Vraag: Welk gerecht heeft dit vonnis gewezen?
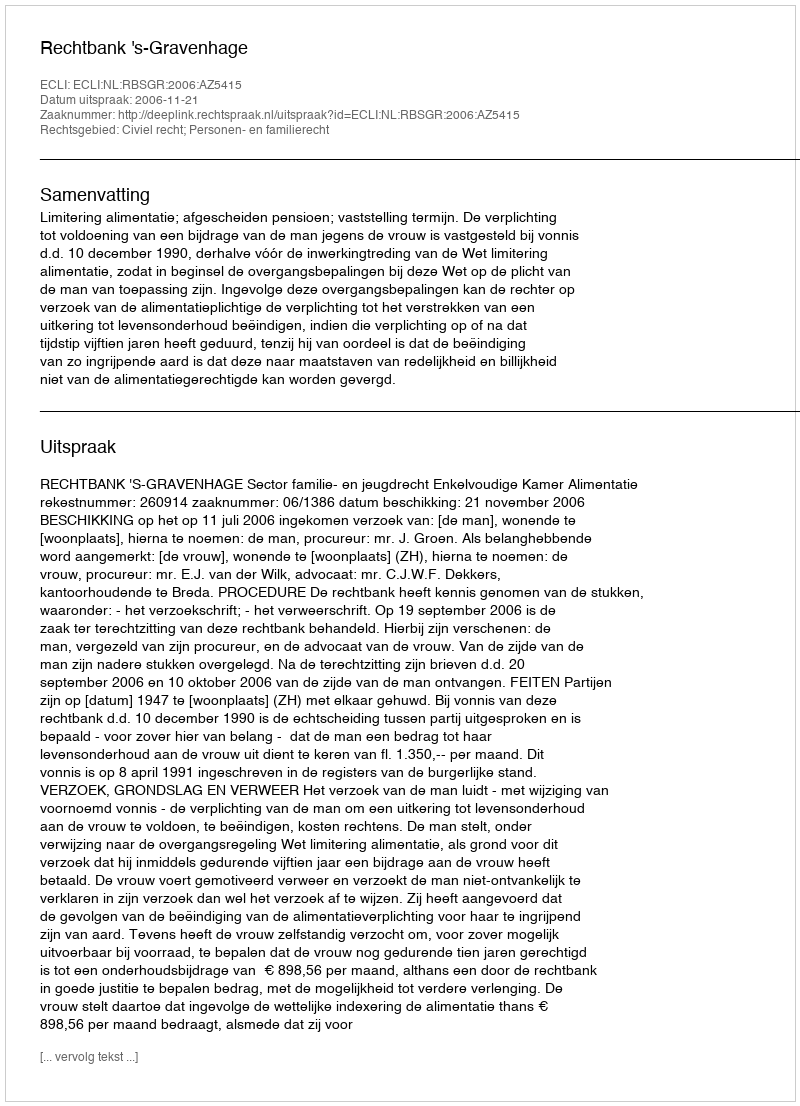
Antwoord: Rechtbank 's-Gravenhage